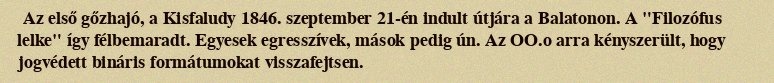
Az első gőzhajó, a Kisfaludy 1846. szeptember 21-én indult útjára a Balatonon. A "Filozófus lelke" így félbemaradt. Egyesek egresszívek, mások pedig ún. Az OO.o arra kényszerült, hogy jogvédett bináris formátumokat visszafejtsen.